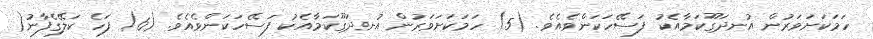
ހަމަކަށަވަރުން އުނދަގޫކަމާއެކު ފަސޭހަކަންވެއެވެ. (5) ހަމަކަށަވަރުން އުނދަގޫކަމާއެކު ފަސޭހަކަންވެއެވެ. (6) ފަހެ ކަލޭގެފާނު(